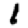
Digit: 1